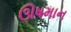
ઊષમાન